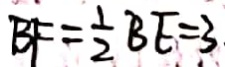
B F = \frac { 1 } { 2 } B E = 3